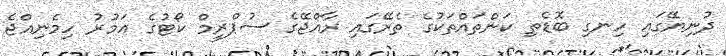
ދުނިޔޭގައި ހިނގި ބޮޑެތި ކަންތައްތަކުގެ ތެރޭގައި ރާއްޖޭގެ ސުޕްރީމް ކޯޓުގެ އަމުރު ހިމެނިއްޖެ